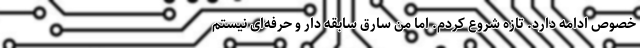
خصوص ادامه دارد. تازه شروع کردم. اما من سارق سابقه دار و حرفه‌ای نیستم